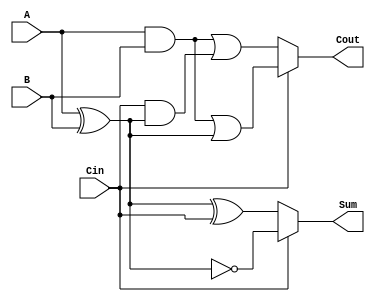
module ConditionalSumFullAdder (
    input wire A,      // First binary input
    input wire B,      // Second binary input
    input wire Cin,    // Carry input
    output wire Sum,   // Sum output
    output wire Cout   // Carry output
);

// Internal signals for the two potential sums and carries
wire Sum0, Sum1;
wire Cout0, Cout1;

// Calculate Sum0 and Cout0 assuming no carry from previous addition
assign Sum0 = A ^ B ^ Cin; // Sum0 = A  B  Cin
assign Cout0 = (A & B) | (Cin & (A ^ B)); // Cout0 = (A & B) | (Cin & (A  B))

// Calculate Sum1 and Cout1 assuming carry from the previous addition
assign Sum1 = A ^ B ^ 1'b1; // Sum1 = A  B  1
assign Cout1 = (A & B) | ((A ^ B) & 1'b1); // Cout1 = (A & B) | ((A  B) & 1)

// Select the final Sum and Cout based on the value of Cin
assign Sum = (Cin == 1'b0) ? Sum0 : Sum1; // If Cin = 0, output Sum0; if Cin = 1, output Sum1
assign Cout = (Cin == 1'b0) ? Cout0 : Cout1; // If Cin = 0, output Cout0; if Cin = 1, output Cout1

endmodule